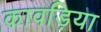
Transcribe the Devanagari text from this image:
कावड़िया